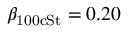
\beta _ { \mathrm { 1 0 0 c S t } } = 0 . 2 0